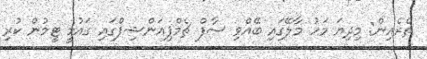
ތެރެއިން: މިދިޔަ މަހު މާލޭގައި ބޭއްވި ސާފް ޗެމްޕިއަންޝިޕްގައި ގައުމީ ޓީމުން ކުރި